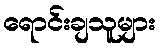
ရောင်းချသူများ